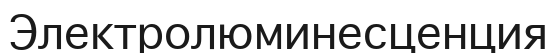
Электролюминесценция